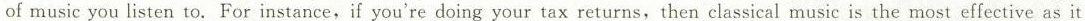
of music you listen to. For instance, if you're doing your tax returns, then classical music is the most effective as it